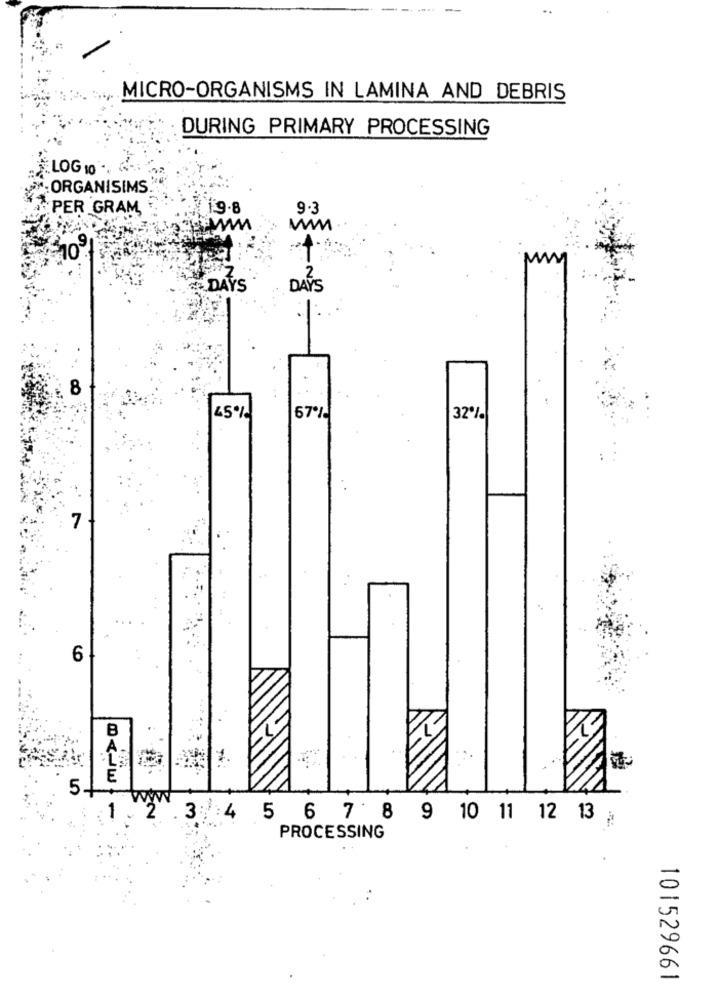
MICRO-ORGANISMS IN LAMINA AND DEBRIS
DURING PRIMARY PROCESSING
LOG 10 ..
: ORGANISIMS
PER GRAM
1.9.8
9.3
2
& DAYS
DAYS
8
45%
67%
32%
7
6
B
E
5
.3 :4 5 6 7 8 9 10 11 12 13
PROCESSING
101529661